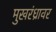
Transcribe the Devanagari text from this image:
मुखरंध्रावर